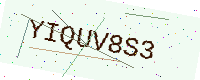
Text: YIQUV8S3